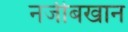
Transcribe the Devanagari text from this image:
नजीबखान